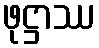
ဖုဋ္ဌာဿ